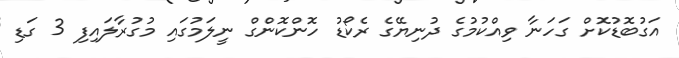
އަގުބޮޑުކޮށް ގަހަނާ ވިއްކުމުގެ ދުނިޔޭގެ ރެކޯޑު ހޮންކޮންގް ނީލަމުގައި މުގުރާލައިފި 3 ގަޑި